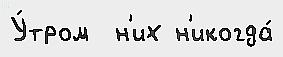
У́тром  н'их н'икогда́